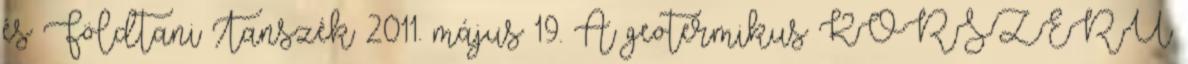
és Földtani Tanszék 2011. május 19. A geotermikus KORSZERU